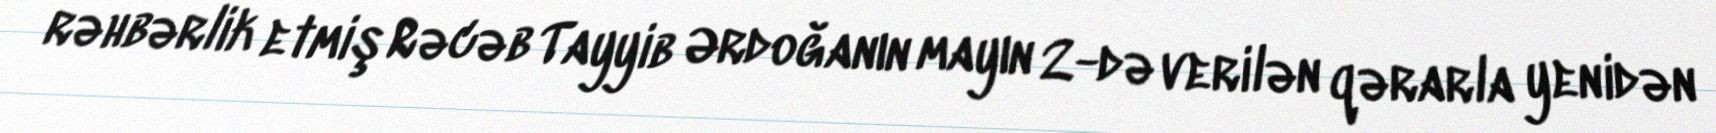
rəhbərlik etmiş Rəcəb Tayyib Ərdoğanın mayın 2-də verilən qərarla yenidən